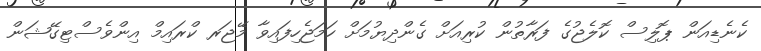
ކެނެޑިއަން ޕޮލިސް ކޮލެޖުގެ ފަރާތުން ކުރިއަށް ގެންދިޔުމަށް ހަމަޖެހިފައިވާ މޭޖަރ ކްރައިމް އިންވެސްޓިގޭޝަން